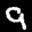
Label: 9